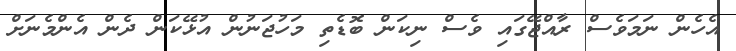
އެހެން ނަމަވެސް ރާއްޖޭގައި ވެސް ނިކަން ބޮޑެތި މަހުޖަނުން އުޅޭކަން ދެން އެންމެނަށް